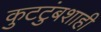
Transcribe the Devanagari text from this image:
कुटटुंबशाही